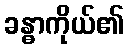
ခန္ဓာကိုယ်၏